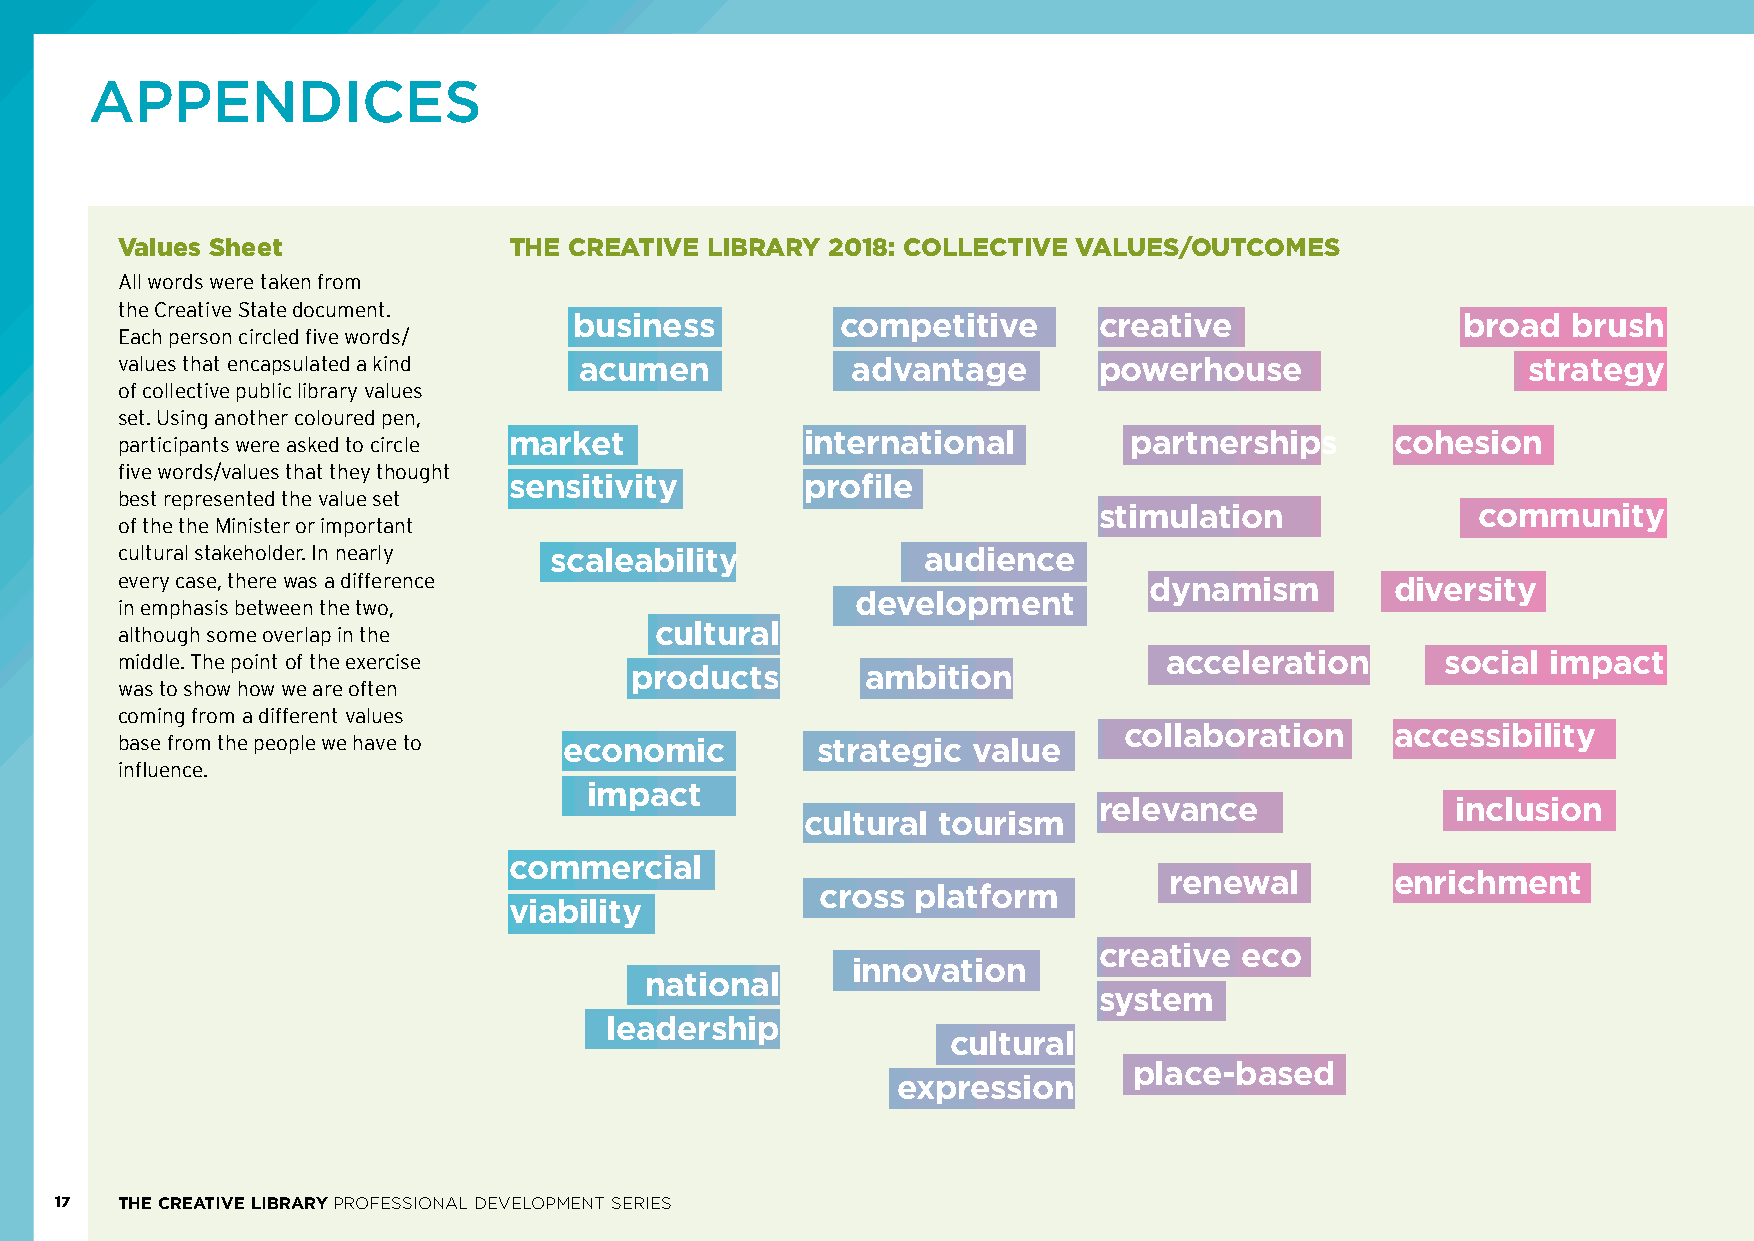
APPENDICES
 Values Sheet              THE CREATIVE LIBRARY 2018: COLLECTIVE VALUES/OUTCOMES
 All words were taken from
 the Creative State document.
 business          competitive      creative                broad  brush
 Each person circled five words/
 values that encapsulated a kind acumen          advantage        powerhouse                  strategy
 of collective public library values
 set. Using another coloured pen,
 participants were asked to circle market     international         partnerships     cohesion
 five words/values that they thought
 sensitivity        profile
 best represented the value set
 stimulation              community
 of the the Minister or important
 cultural stakeholder. In nearly scaleability         audience
 every case, there was a difference
 dynamism        diversity
 in emphasis between the two,                     development
 although some overlap in the       cultural
 middle. The point of the exercise                                    acceleration       social impact
 products       ambition
 was to show how we are often
 coming from a different values
 collaboration     accessibility
 base from the people we have to economic      strategic value
 influence.
 impact
 relevance              inclusion
 cultural tourism
 commercial
 renewal        enrichment
 cross  platform
 viability
 creative eco
 innovation
 national
 system
 leadership
 cultural
 place-based
 expression
 17  THE CREATIVE LIBRARY PROFESSIONAL DEVELOPMENT SERIES